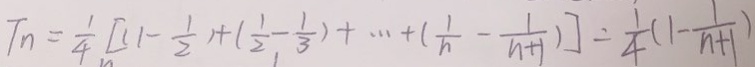
T _ { n } = \frac { 1 } { 4 } [ ( 1 - \frac { 1 } { 2 } ) + ( \frac { 1 } { 2 } - \frac { 1 } { 3 } ) + \cdots + ( \frac { 1 } { n } - \frac { 1 } { n + 1 } ) ] = \frac { 1 } { 4 } ( 1 - \frac { 1 } { n + 1 } )